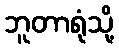
ဘူတာရုံသို့